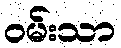
ဝမ်းသာ